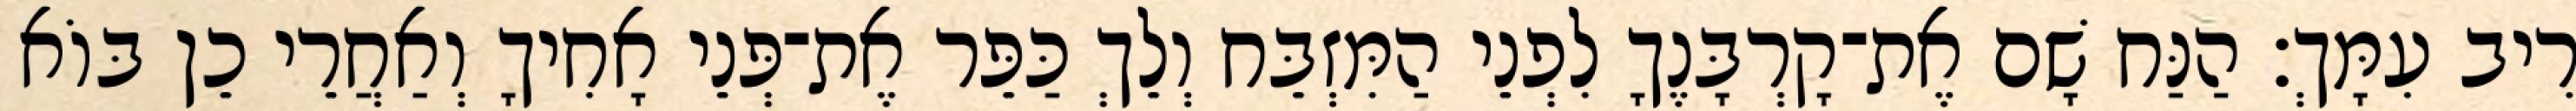
רִיב עִמָּךְ׃ הַנַּח שָׁם אֶת־קָרְבָּנֶךָ לִפְנֵי הַמִּזְבֵּח וְלֵךְ כַּפֵּר אֶת־פְּנֵי אָחִיךָ וְאַחֲרֵי כֵן בּוֹא